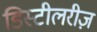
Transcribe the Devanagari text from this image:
डिस्टीलरीज़